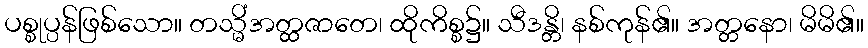
ပစ္စုပ္ပန်ဖြစ်သော။ တသ္မိံအတ္ထဇာတေ၊ ထိုကိစ္စ၌။ သီဒန္တိ၊ နစ်ကုန်၏။ အတ္တနော၊ မိမိ၏။